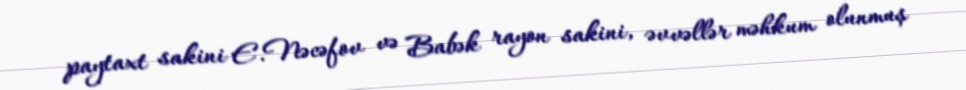
paytaxt sakini E.Nəcəfov və Babək rayon sakini, əvvəllər məhkum olunmuş